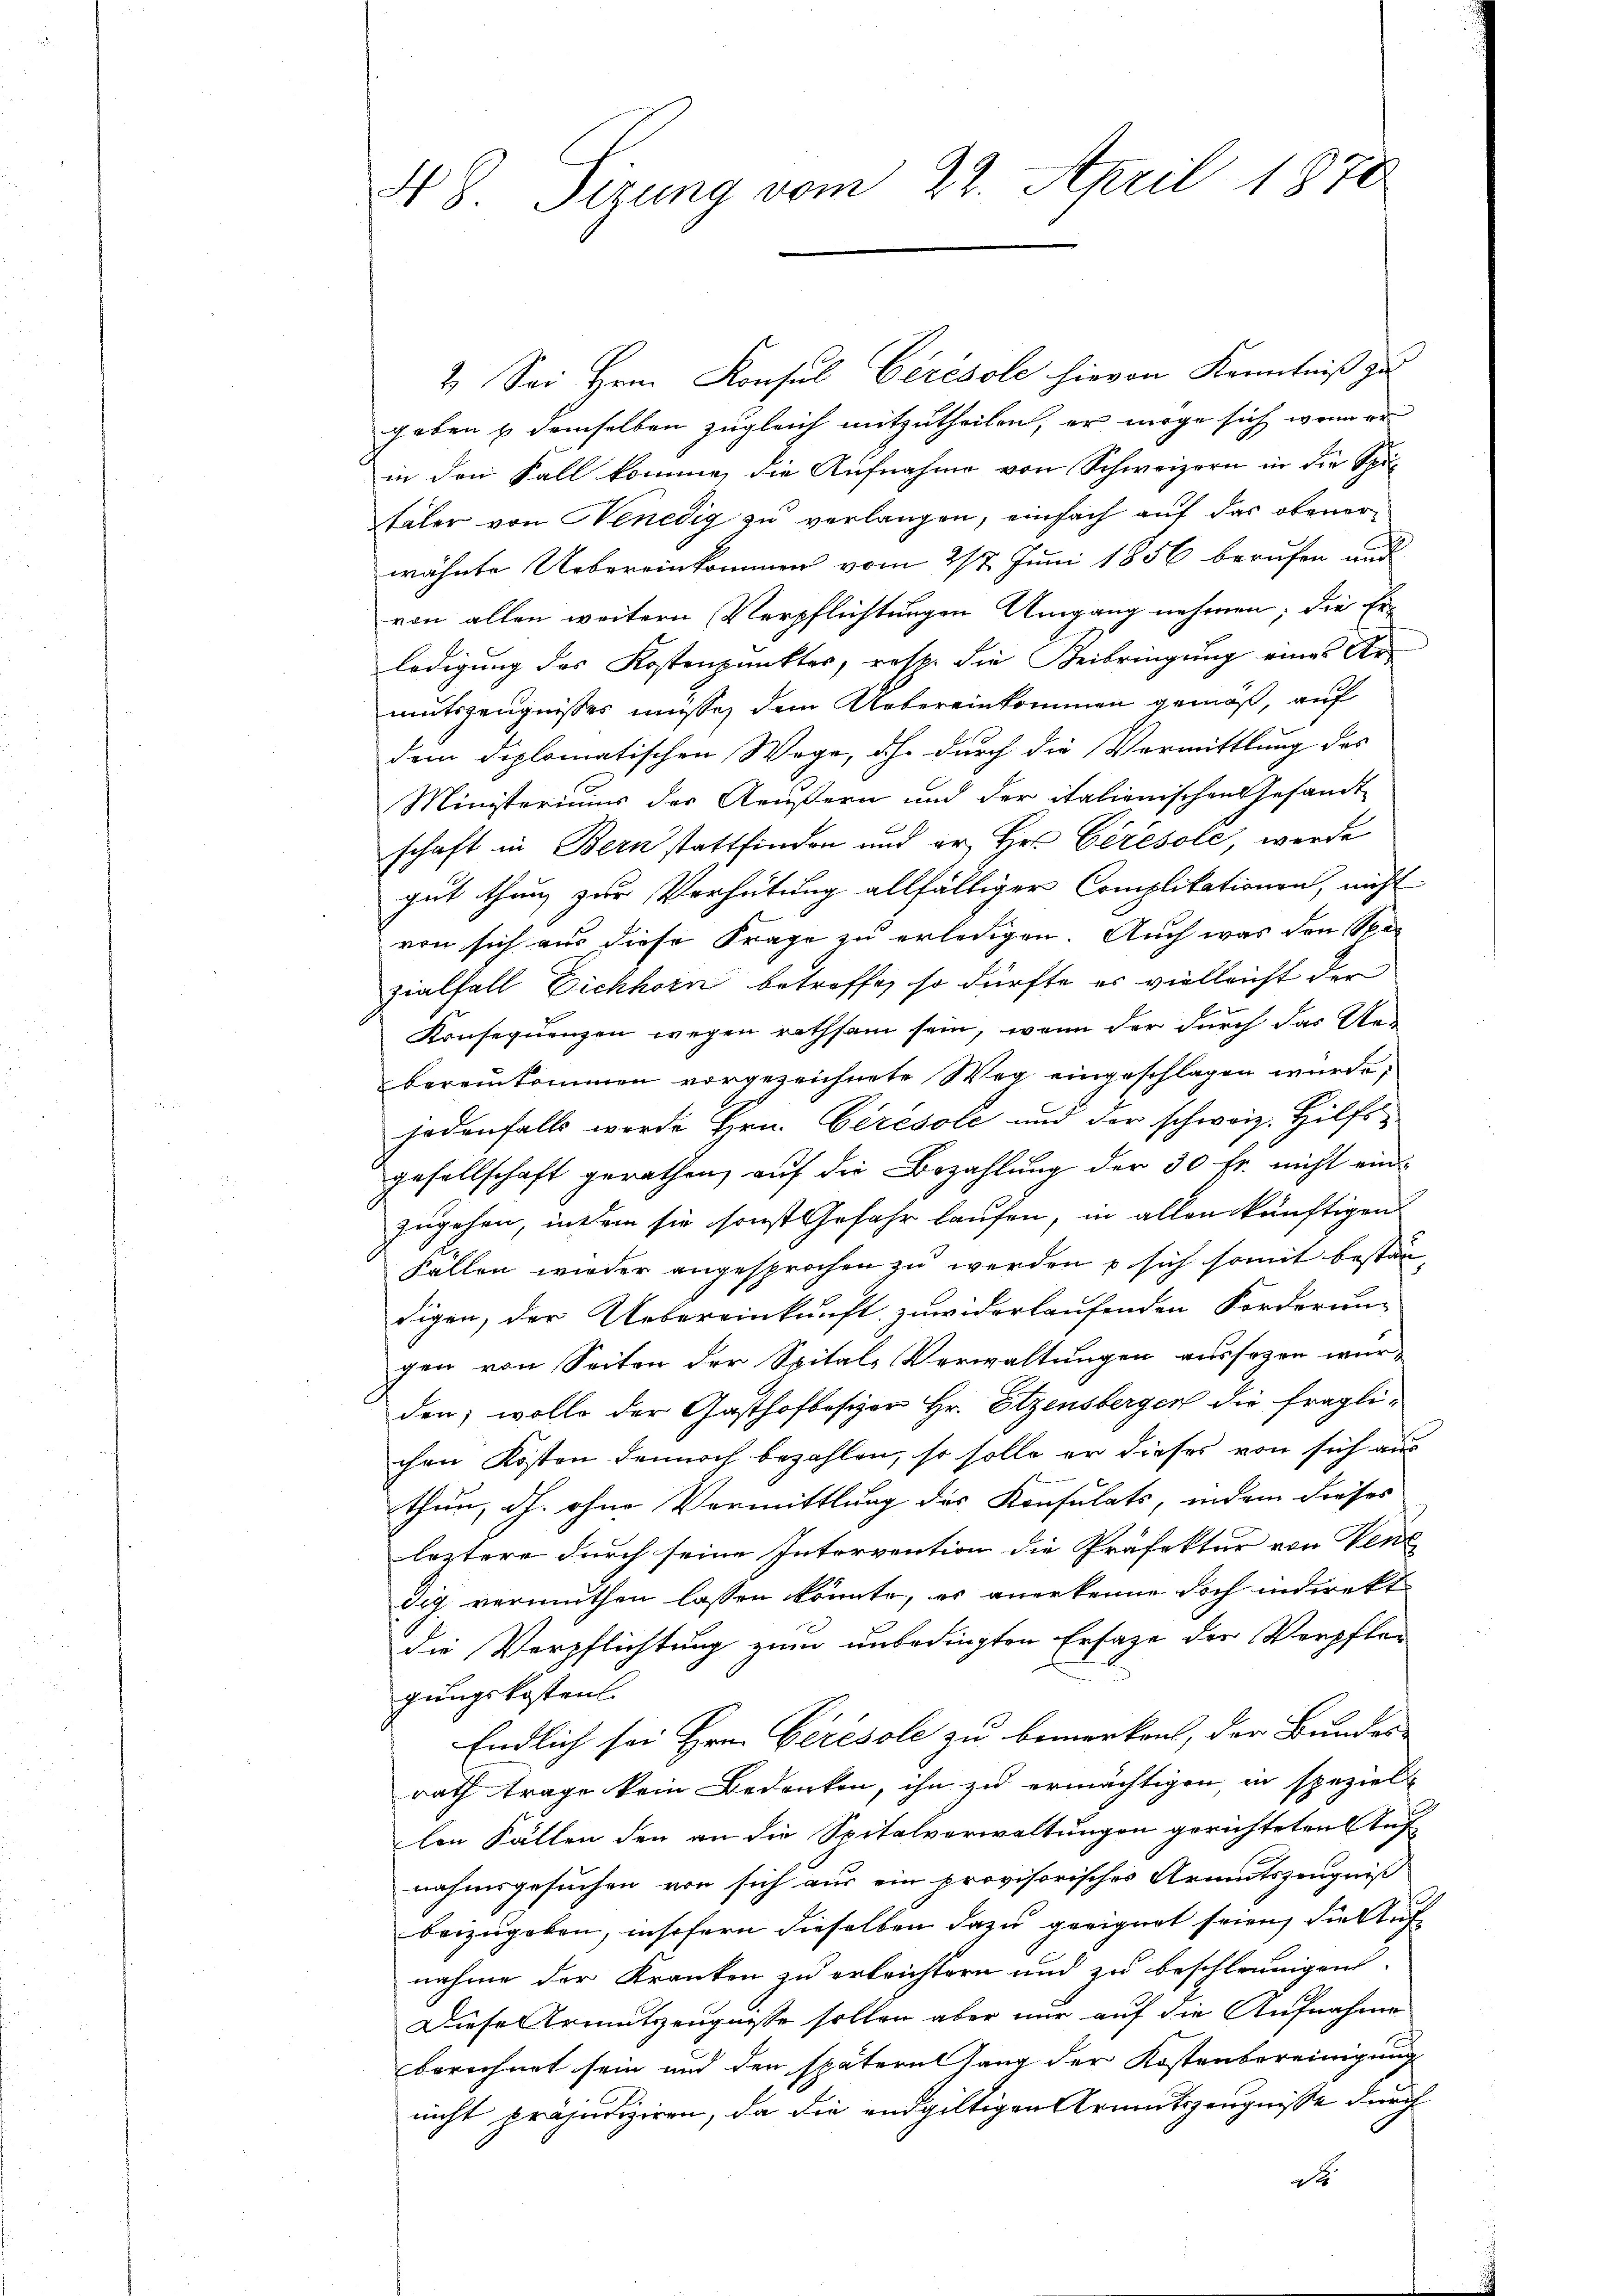
N 8. Sizung vom 22. April 1870

2. Sei Hrn. Konsul Cérésole hievon Kenntniß zu
geben & demselben zugleich mitzutheilen, er möge sich wenn er
in den Fall komme, die Aufnahme von Schweizern in die Spitäler von Nenedig zu verlangen, einfach auf das obenerwähnte Uebereinkommen vom 217. Juni 1856 berufen und
von allen weitern Verpflichtungen Umgang nehmen; die Ei
ledigung des Kostenpunkter, resp. die Beibringung eines Armutszeugnisses müsse, dem Uebereinkommen gemäß, auf
dem diplomatischen Wege, ihr durch die Vermittlung des
Ministeriums der Aeußern und der italionischen Gesandt
schaft in Bernstattfinden und er, Hr. Ceresole, werde
gut thun, zur Verhütung allfältiger Complitationen, nicht
von sich aus diese Frage zu erledigen. Auch was den Span
zialfall Eichhorn betreffe, so dürfte es vielleicht der
Konsequenzen wegen rathsam sein, wenn der durch das Uebereikommen vorgezeichnete Weg eingeschlagen würde,
jedenfalls werde Hrn. Cirésole und der schweiz. Hilfsgesellschaft gerathen, auf die Bezahlung der 30 fr. nicht einzugehen, indem sie sonst Gefahr laufen, in allen künftigen
Fallen wieder angesprochen zu werden p. sich somit bestan
digen, der Uebereinkunft zuwiderlaufenden Forderung
gen von Seiten der Spital-Verwaltungen aussezen wurden; wolle der Gasthofbesizer Hr. Etzensbergen die fraglichen Kosten dennoch bezahlen, so solle er dieses von sich aus
then, dh. ohne Vermittlung des Konsulats, indem dieses
leztere durch seine Intervention die Präfektur von Vene
dig vermuthen lassen könnte, es anerkenne doch indirekt
die Verpflichtung zum unbedingten Ersatze der Verpfler
gungskostent
Endlich sei Hrn. Ceresole zu bemerken, der Bundes-
rath trage kein Bedenken, ihn zu ermächtigen, in speziel
len Fällen den an die Spitalverwaltungen gerichteten Auf
nahmsgesuchen von sich aus ein provisorisches Armutszeugniß
beizugeben, insofern dieselben dazu geeignet seien, die Aufnahme der Kranken zu erbrichtern und zu beschleunigend.
Diese Armutszeugnisse sollen aber nur auf die Aufnahme
berechnet sein und den späteressang der Kostenbereinigung
nicht präjudiziren, da die endgültigen Armutszeugnisse durch
d